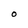
Character: o